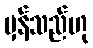
မှန်သည်ဟု